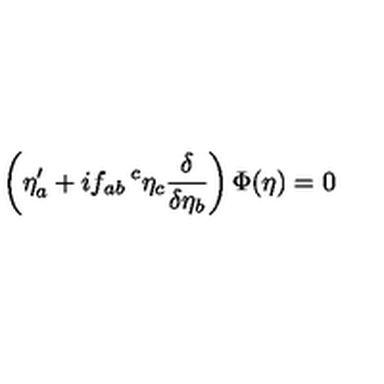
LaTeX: \left( \eta _ { a } ^ { \prime } + i f _ { a b } \! \! { \phantom { \eta } } ^ { c } \eta _ { c } \frac { \delta } { \delta \eta _ { b } } \right) \Phi ( \eta ) = 0